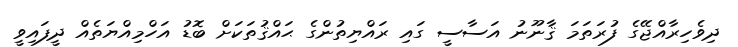
ދިވެހިރާއްޖޭގެ ފުރަތަމަ ޤާނޫނު އަސާސީ ގައި ރައްޔިތުންގެ ޙައްޤުތަކަށް ބޮޑު އަހްމިއްޔަތެއް ދީފައިވީ